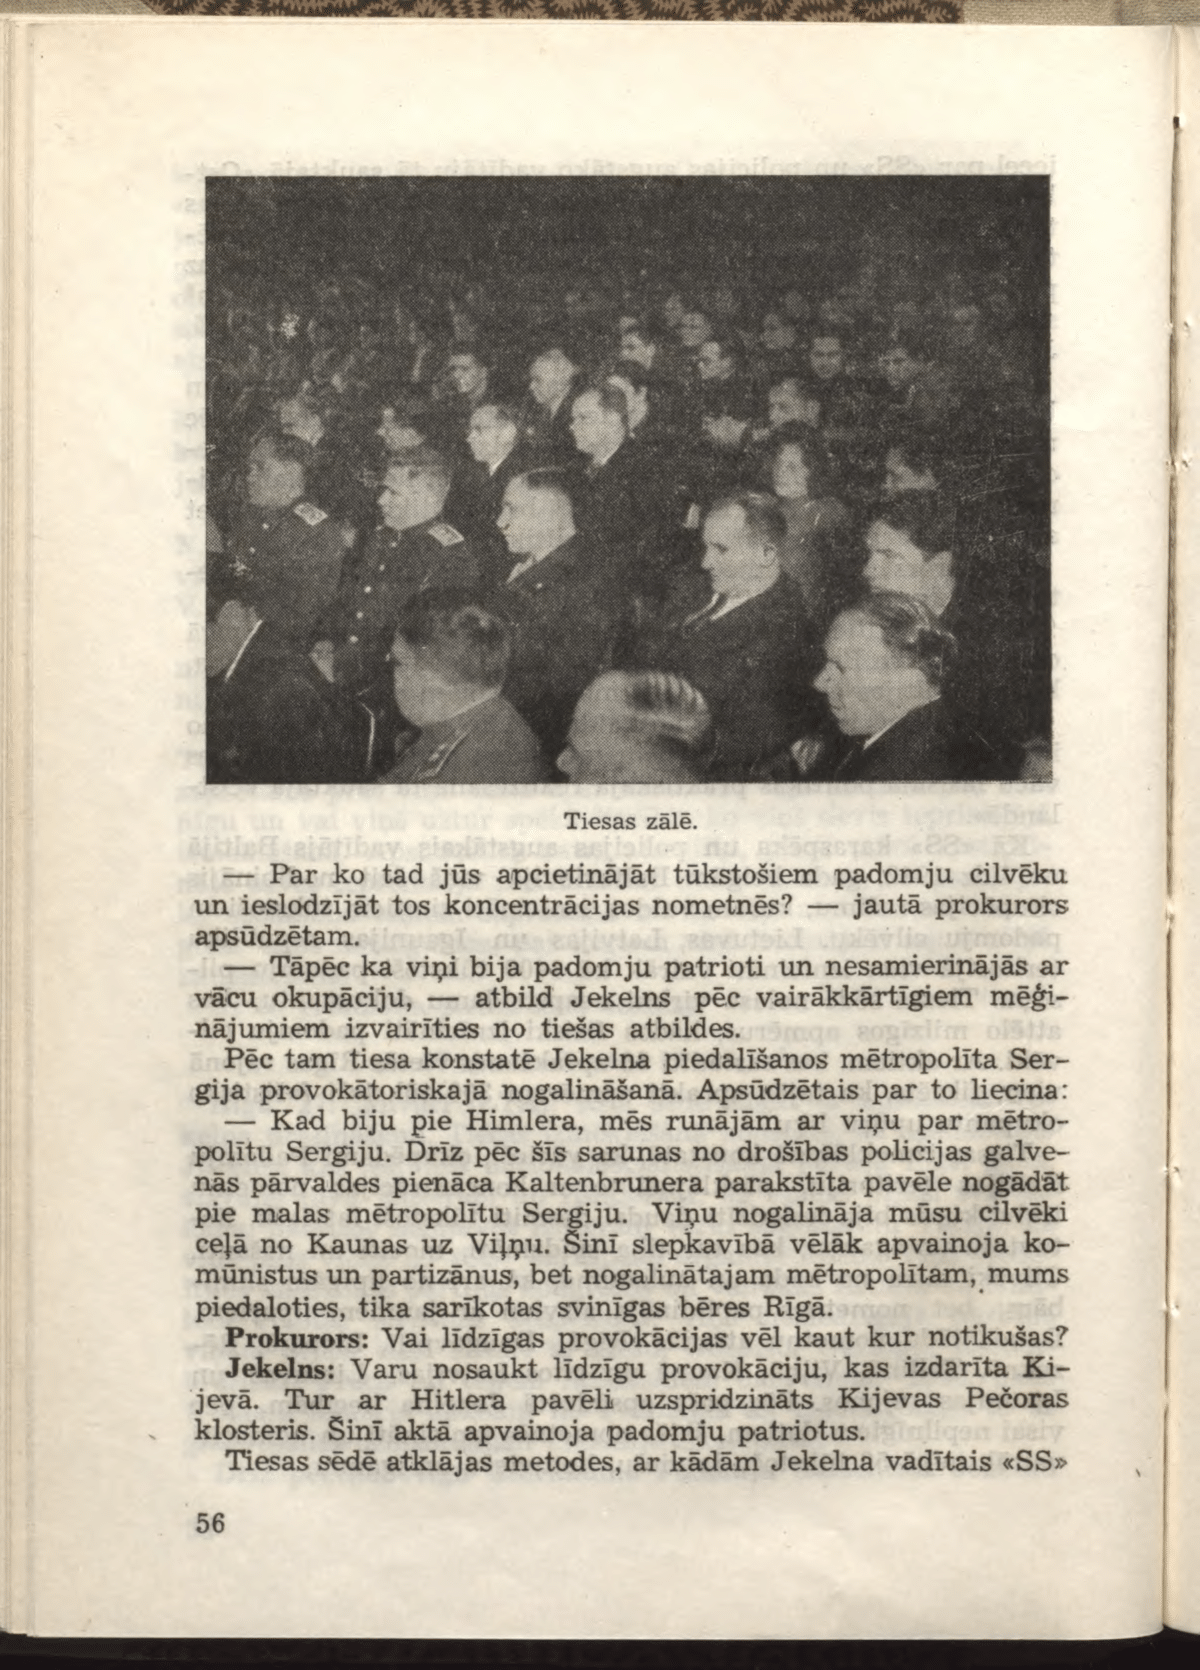
Language: lv